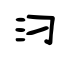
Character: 汈